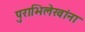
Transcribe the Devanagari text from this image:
पुराभिलेखांना